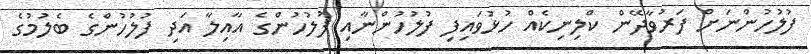
ފުލުހުންނަށް ފަރުވާދޭން ކްލިނިކެއް ހުޅުވައިފި ފުލުހުންނާއި ފުލުހުންގެ އާއިލާ އަދި ފުލުހުންގެ ބެލުމުގެ